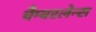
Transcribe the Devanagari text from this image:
चैम्बरलेन्स